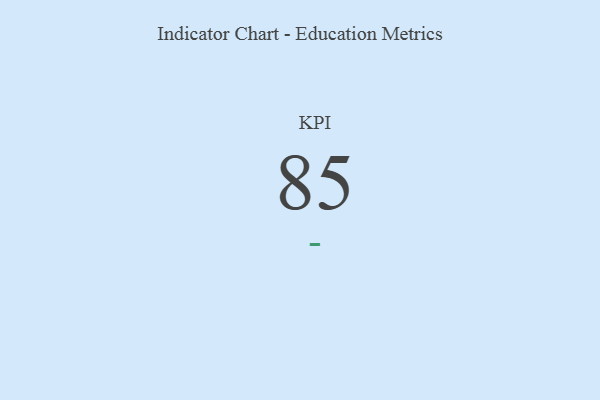
{"axis": {"x": "KPI", "y": "Value"}, "legend": [""], "data": [{"x": "KPI", "y": 85, "type": ""}]}